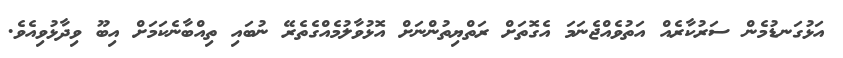
އަޅުގަނޑުމެން ސަރުކާރެއް އަތުވެއްޖެނަމަ އެގޮތަށް ރަތްޔިތުންނަށް އޮޅުވާލުމެއްގެތެރޭ ނުބައި ތިއްބާނެކަމަށް އިބޫ ވިދާޅުވިއެވެ.